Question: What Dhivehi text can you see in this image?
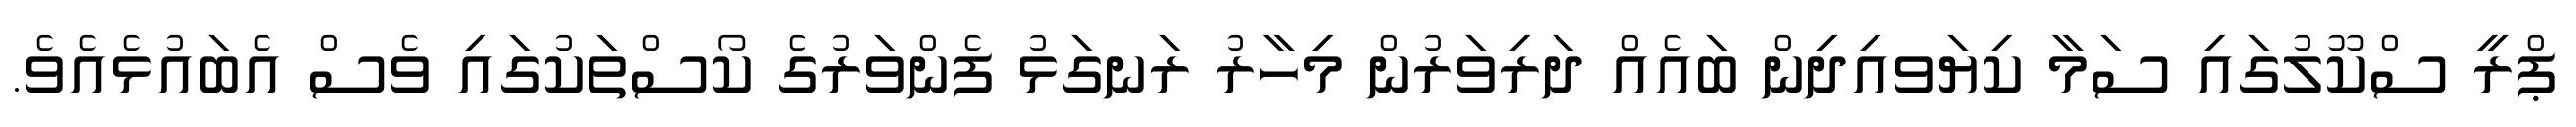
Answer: ޕްރީ ސްކޫލުގައި ސަމާ ކިޔަވއިދިން ބައެއް ދަރިވަރުން މިހާރު ރަނގަޅު ފެންވަރުގެ ކޯސްތަކުގައި ވެސް އެބައުޅެއެވެ.